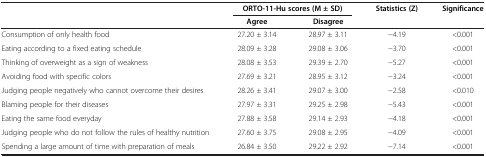
<table><thead><tr><td rowspan="2"><b> </b></td><td colspan="2"><b>ORTO-11-Hu scores (M ± SD)</b></td><td rowspan="2"><b>Statistics (Z)</b></td><td rowspan="2"><b>Significance</b></td></tr><tr><td><b>Agree</b></td><td><b>Disagree</b></td></tr></thead><tbody><tr><td>Consumption of only health food</td><td>27.20 ± 3.14</td><td>28.97 ± 3.11</td><td>-4.19</td><td>&lt;0.001</td></tr><tr><td>Eating according to a fixed eating schedule</td><td>28.09 ± 3.28</td><td>29.08 ± 3.06</td><td>-3.70</td><td>&lt;0.001</td></tr><tr><td>Thinking of overweight as a sign of weakness</td><td>28.08 ± 3.53</td><td>29.39 ± 2.70</td><td>-5.27</td><td>&lt;0.001</td></tr><tr><td>Avoiding food with specific colors</td><td>27.69 ± 3.21</td><td>28.95 ± 3.12</td><td>-3.24</td><td>&lt;0.001</td></tr><tr><td>Judging people negatively who cannot overcome their desires</td><td>28.26 ± 3.41</td><td>29.07 ± 3.00</td><td>-2.58</td><td>&lt;0.010</td></tr><tr><td>Blaming people for their diseases</td><td>27.97 ± 3.31</td><td>29.25 ± 2.98</td><td>-5.43</td><td>&lt;0.001</td></tr><tr><td>Eating the same food everyday</td><td>27.88 ± 3.58</td><td>29.14 ± 2.93</td><td>-4.18</td><td>&lt;0.001</td></tr><tr><td>Judging people who do not follow the rules of healthy nutrition</td><td>27.60 ± 3.75</td><td>29.08 ± 2.95</td><td>-4.09</td><td>&lt;0.001</td></tr><tr><td>Spending a large amount of time with preparation of meals</td><td>26.84 ± 3.50</td><td>29.22 ± 2.92</td><td>-7.14</td><td>&lt;0.001</td></tr></tbody></table>